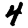
Digit: 4